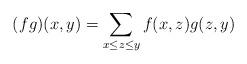
LaTeX: \begin{align*}(fg)(x,y)&=\sum_{x\le z\le y}f(x,z)g(z,y)\end{align*}